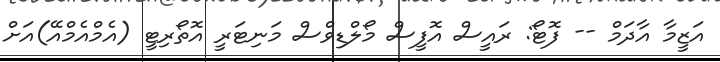
އަޒީމާ އާދަމް -- ފޮޓޯ: ރައީސް އޮފީސް މޯލްޑިވްސް މަނިޓަރީ އޮތޯރިޓީ (އެމްއެމްއޭ)އަށް